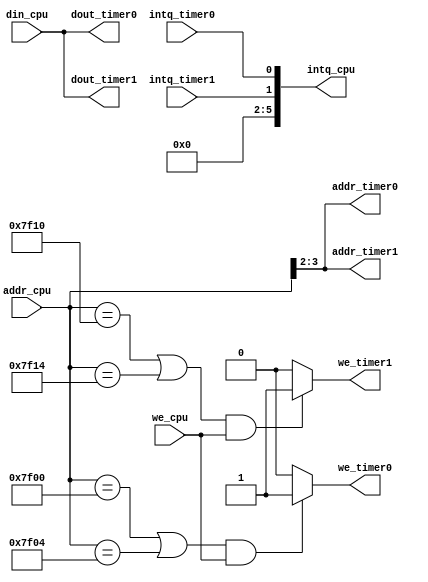
`timescale 1ns / 1ps
//////////////////////////////////////////////////////////////////////////////////
// Company: 
// Engineer: 
// 
// Design Name: 
// Module Name:    bridge 
// Project Name: 
// Target Devices: 
// Tool versions: 
// Description: 
//
// Dependencies: 
//
// Revision: 
// Revision 0.01 - File Created
// Additional Comments: 
//
//////////////////////////////////////////////////////////////////////////////////
module bridge(
		input [31:0]addr_cpu,din_cpu,
		input we_cpu,
		output [5:0]intq_cpu,
		output [3:2]addr_timer1,addr_timer0,
		output we_timer1,we_timer0,
		output [31:0]dout_timer1,dout_timer0,
		input intq_timer1,intq_timer0
    );

assign we_timer0=(((addr_cpu==32'h00007f00)||(addr_cpu==32'h00007f04))&&(we_cpu))?1:0;
assign we_timer1=(((addr_cpu==32'h00007f10)||(addr_cpu==32'h00007f14))&&(we_cpu))?1:0;
assign addr_timer0=addr_cpu[3:2];
assign addr_timer1=addr_cpu[3:2];
assign dout_timer0=din_cpu;
assign dout_timer1=din_cpu;
assign intq_cpu={4'b0,intq_timer1,intq_timer0};
endmodule